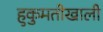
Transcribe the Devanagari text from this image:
हुकुमतीखाली